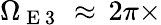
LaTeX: \Omega_{\mathrm{~E~3~}}\, \approx\, 2\pi\times